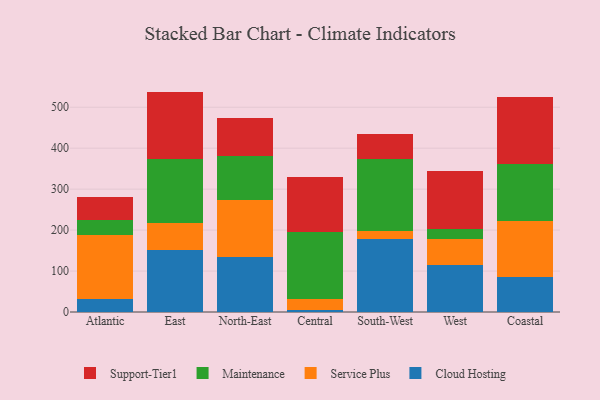
{"axis": {"x": "Region", "y": "Headcount"}, "legend": ["Cloud Hosting", "Maintenance", "Service Plus", "Support-Tier1"], "data": [{"x": "Atlantic", "y": 32.0, "type": "Cloud Hosting"}, {"x": "Atlantic", "y": 156.1, "type": "Service Plus"}, {"x": "Atlantic", "y": 36.8, "type": "Maintenance"}, {"x": "Atlantic", "y": 56.4, "type": "Support-Tier1"}, {"x": "East", "y": 152.0, "type": "Cloud Hosting"}, {"x": "East", "y": 64.4, "type": "Service Plus"}, {"x": "East", "y": 156.8, "type": "Maintenance"}, {"x": "East", "y": 165.0, "type": "Support-Tier1"}, {"x": "North-East", "y": 135.3, "type": "Cloud Hosting"}, {"x": "North-East", "y": 138.2, "type": "Service Plus"}, {"x": "North-East", "y": 106.4, "type": "Maintenance"}, {"x": "North-East", "y": 94.8, "type": "Support-Tier1"}, {"x": "Central", "y": 5.1, "type": "Cloud Hosting"}, {"x": "Central", "y": 27.6, "type": "Service Plus"}, {"x": "Central", "y": 163.6, "type": "Maintenance"}, {"x": "Central", "y": 134.3, "type": "Support-Tier1"}, {"x": "South-West", "y": 178.4, "type": "Cloud Hosting"}, {"x": "South-West", "y": 18.4, "type": "Service Plus"}, {"x": "South-West", "y": 177.0, "type": "Maintenance"}, {"x": "South-West", "y": 61.0, "type": "Support-Tier1"}, {"x": "West", "y": 113.8, "type": "Cloud Hosting"}, {"x": "West", "y": 65.2, "type": "Service Plus"}, {"x": "West", "y": 22.8, "type": "Maintenance"}, {"x": "West", "y": 143.5, "type": "Support-Tier1"}, {"x": "Coastal", "y": 84.6, "type": "Cloud Hosting"}, {"x": "Coastal", "y": 138.3, "type": "Service Plus"}, {"x": "Coastal", "y": 137.9, "type": "Maintenance"}, {"x": "Coastal", "y": 163.6, "type": "Support-Tier1"}]}